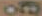
80